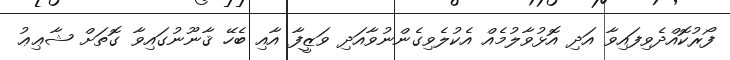
ފޯރުކޮއްދެވިފައިވާ އަދި އޮޅުވާލުމެއް އެކުލެވިގެންނުވާއަދި ވަޒީފާ އާއި ބެހޭ ޤާނޫނުގައިވާ ގޮތަށް ޝާޢިޢު